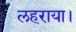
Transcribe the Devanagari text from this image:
लहराया।